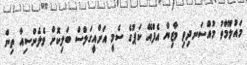
މައުލޫމާތު މުއްސަނދިވި މާޒިޔާ އެފްއޭ ކަޕުގެ ސެމީ އަށްއީގަލްސް ބަލިކޮށް ވެލެންސިއާ ތިން